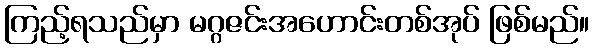
ကြည့်ရသည်မှာ မဂ္ဂဇင်းအဟောင်းတစ်အုပ် ဖြစ်မည်။